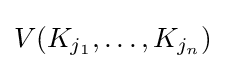
V(K_{j_{1}},\dots ,K_{j_{n}})